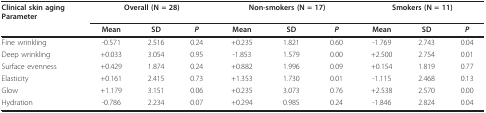
<table><thead><tr><td><b>Clinical skin agingParameter</b></td><td colspan="3"><b>Overall (N = 28)</b></td><td colspan="3"><b>Non-smokers (N = 17)</b></td><td colspan="3"><b>Smokers (N = 11)</b></td></tr><tr><td></td><td><b>Mean</b></td><td><b>SD</b></td><td><b><i>P</i></b></td><td><b>Mean</b></td><td><b>SD</b></td><td><b><i>P</i></b></td><td><b>Mean</b></td><td><b>SD</b></td><td><b><i>P</i></b></td></tr></thead><tbody><tr><td>Fine wrinkling</td><td>-0.571</td><td>2.516</td><td>0.24</td><td>+0.235</td><td>1.821</td><td>0.60</td><td>-1.769</td><td>2.743</td><td>0.04</td></tr><tr><td>Deep wrinkling</td><td>+0.033</td><td>3.054</td><td>0.95</td><td>-1.853</td><td>1.579</td><td>0.00</td><td>+2.500</td><td>2.754</td><td>0.01</td></tr><tr><td>Surface evenness</td><td>+0.429</td><td>1.874</td><td>0.24</td><td>+0.882</td><td>1.996</td><td>0.09</td><td>+0.154</td><td>1.819</td><td>0.77</td></tr><tr><td>Elasticity</td><td>+0.161</td><td>2.415</td><td>0.73</td><td>+1.353</td><td>1.730</td><td>0.01</td><td>-1.115</td><td>2.468</td><td>0.13</td></tr><tr><td>Glow</td><td>+1.179</td><td>3.151</td><td>0.06</td><td>+0.235</td><td>3.073</td><td>0.76</td><td>+2.538</td><td>2.570</td><td>0.00</td></tr><tr><td>Hydration</td><td>-0.786</td><td>2.234</td><td>0.07</td><td>+0.294</td><td>0.985</td><td>0.24</td><td>-1.846</td><td>2.824</td><td>0.04</td></tr></tbody></table>